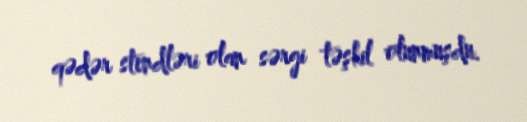
qədər stendləri olan sərgi təşkil olunmuşdu.